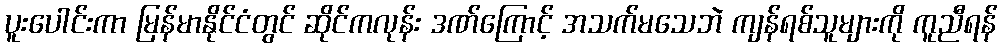
ပူးပေါင်းကာ မြန်မာနိုင်ငံတွင် ဆိုင်ကလုန်း ဒဏ်ကြောင့် အသက်မသေဘဲ ကျန်ရစ်သူများကို ကူညီရန်